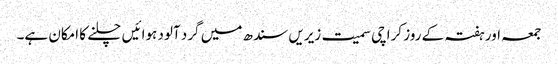
جمعہ اور ہفتہ کے روز کراچی سمیت زیریں سندھ میں گرد آلود ہوائیں چلنے کا امکان ہے۔